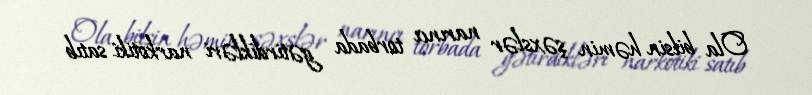
Ola bilsin həmin şəxslər narıncı torbada gətirdikləri narkotiki satıb